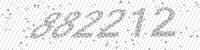
Solution: 882212